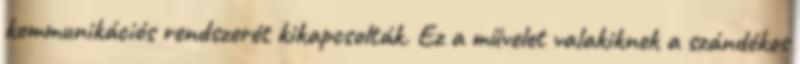
kommunikációs rendszerét kikapcsolták. Ez a művelet valakiknek a szándékos